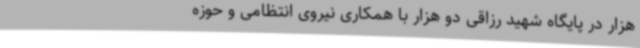
هزار در پایگاه شهید رزاقی دو هزار با همکاری نیروی انتظامی و حوزه